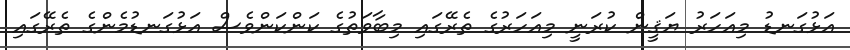
އަޅުގަނޑު މިއަހަރު ޔަޤީން ކުރަނީ މިއަހަރުގެ ތެރޭގައި މިބާވަތުގެ ކަންކަންވެސް އަޅުގަނޑުމެންގެ ތެރޭގައި